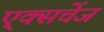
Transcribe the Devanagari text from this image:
ए्क्सचेंज